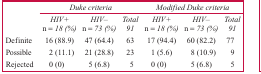
<table><thead><tr><td></td><td colspan="3"><b><i>Duke criteria</i></b></td><td colspan="3"><b><i>Modified Duke criteria</i></b></td></tr><tr><td></td><td><b><i>HIV+ n = 18 (%)</i></b></td><td><b><i>HIV– n = 73 (%)</i></b></td><td><b><i>Total 91</i></b></td><td><b><i>HIV+ n = 18 (%)</i></b></td><td><b><i>HIV– n = 73 (%)</i></b></td><td><b><i>Total 91</i></b></td></tr></thead><tbody><tr><td>Definite</td><td>16 (88.9)</td><td>47 (64.4)</td><td>63</td><td>17 (94.4)</td><td>60 (82.2)</td><td>77</td></tr><tr><td>Possible</td><td>2 (11.1)</td><td>21 (28.8)</td><td>23</td><td>1 (5.6)</td><td>8 (10.9)</td><td>9</td></tr><tr><td>Rejected</td><td>0 (0)</td><td>5 (6.8)</td><td>5</td><td>0 (0)</td><td>5 (6.8)</td><td>5</td></tr></tbody></table>